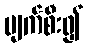
ပျက်စီး၍